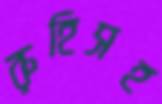
রুহিসহ